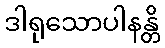
ဒါရုသောပါနန္တိ